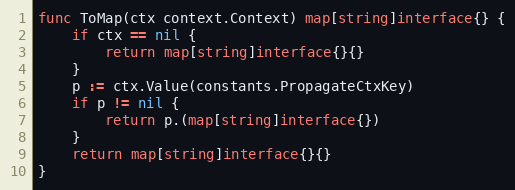
Language: Go
func ToMap(ctx context.Context) map[string]interface{} {
	if ctx == nil {
		return map[string]interface{}{}
	}
	p := ctx.Value(constants.PropagateCtxKey)
	if p != nil {
		return p.(map[string]interface{})
	}
	return map[string]interface{}{}
}